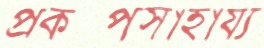
প্রকল্পসাহায্য